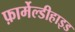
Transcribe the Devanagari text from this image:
फ़ार्मेल्डीहाइड